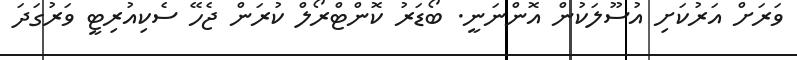
ވަރަށް އަރުކަށި އުސޫލަކުން އޮންނަނީ. ބޯޑަރު ކޮންޓްރޯލް ކުރަން ޖެހޭ ސެކިއުރިޓީ ވަރުގަދަ